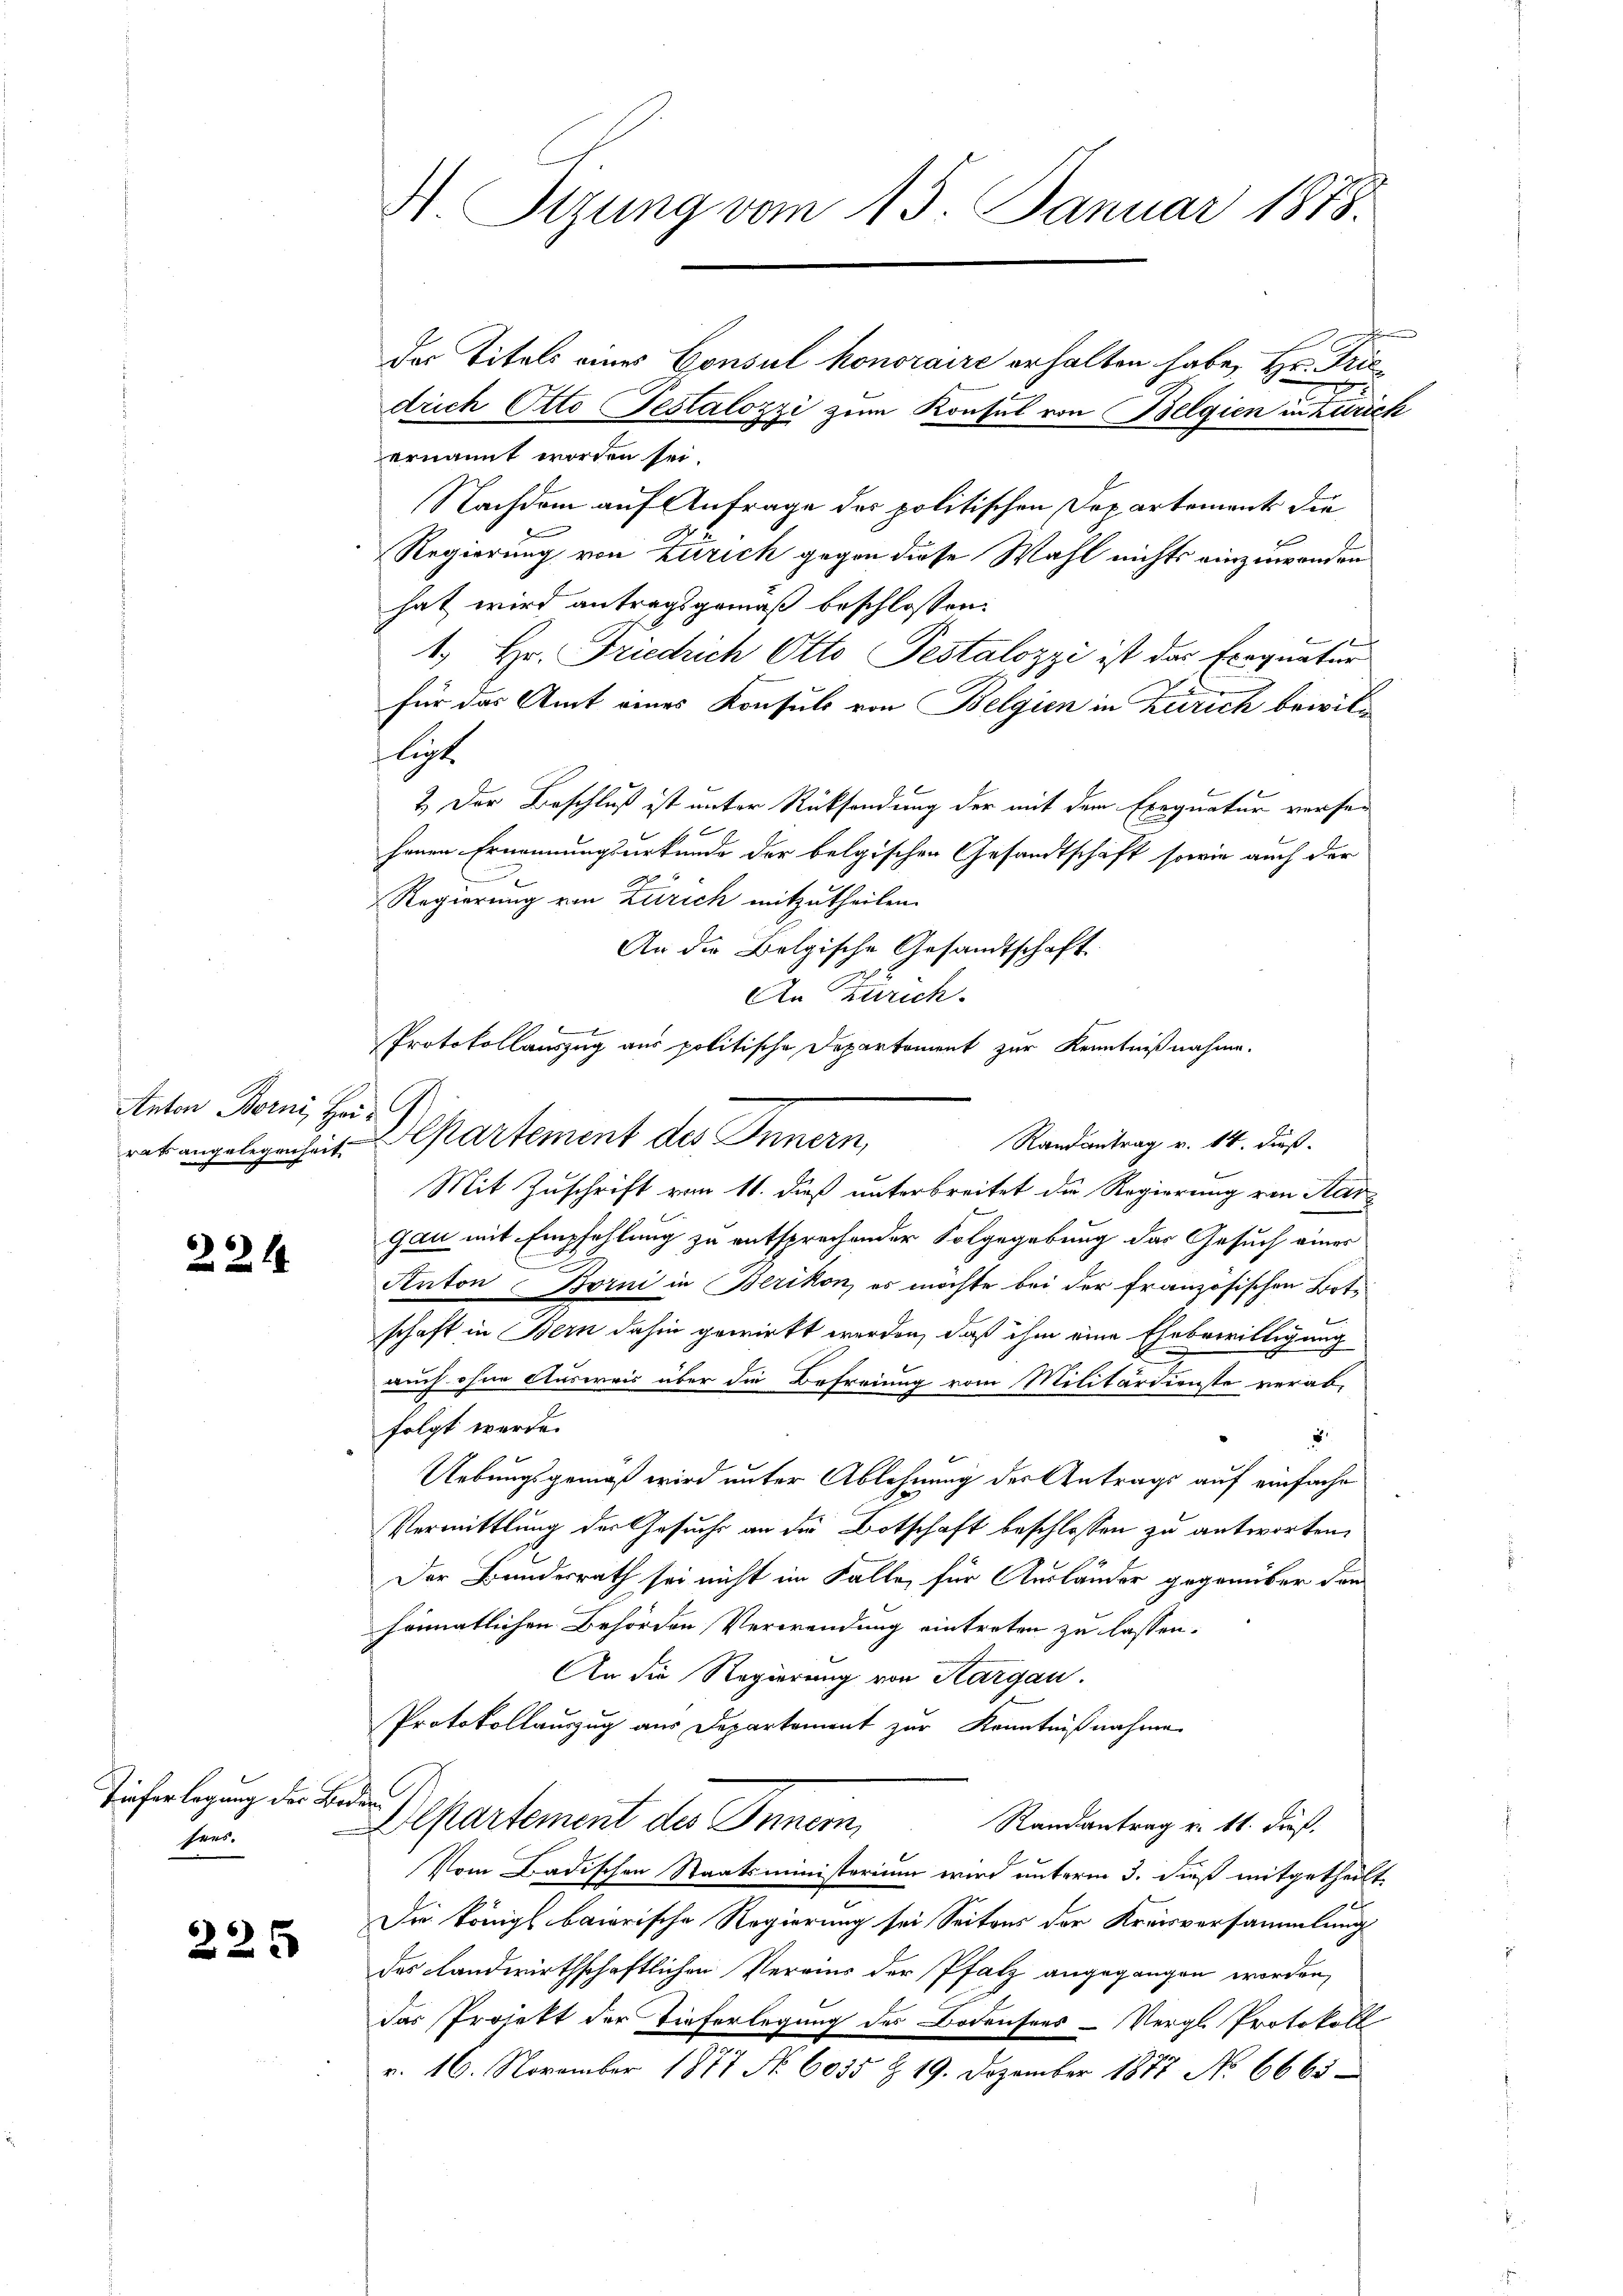
Anton Borni, Hei-
rat angelegenheit

2.2. 14.

Tieferlegung der Bede

hers.

22 x

N. Tizung vom 15. Januar 1878.

G

2
drich Otto Testalozzi zum Konsul von Belgien in Zürich
ernannt worden sei.
Nachdem auf Anfrage der politischen Departement die
Regierung von Zürich gegen diese Wahl nichts einzuwenden
hat wird antragsgemäß beschlossen:
1. Hr. Friedrich Otto Pestalozzi ist das Exequatur
für das Amt eines Konsuls von Belgien in Zürich bewilflichte
2.) Der Beschluß ist unter Rücksendung der mit dem Exequatur versen
henen Ernennungsurkunde der belgischen Gesandtschaft sowie auch der
Regierung von Zürich mitzutheilen.
An die Belgische Gesandtschaft
An Zürich.
Protokollauszug aus politische Departement zur Kenntnißnahme.
Randantrag v. 14. dieß.
Mit Zuschrift vom 11. dieß unterbreitet die Regierung von Mar
gau mit Empfehlung zu entsprechender Folgegebung das Gesuch einer
Anton Borni in Berikon, es möchte bei der französischen Bote
schaft in Bern dahin gewirkt werden, daß ihm eine Ehebewilligung
auch ohne Ausweis über die Befreiung vom Militärdienste verab-
folgt werde.
d
6
Uebungsgemäß wird unter Ablehnung des Antrags auf einfache
Vermittlung der Gesuchs an die Botschaft beschlossen zu antworten.
r
Der Bundesrath sei nicht im Falle für Auslander gegenüber den
heimatlichen Behörden Verwendung eintreten zu lassen.
An die Regierung von Aargau.
Protokollauszug aus Departement zur Kenntnißnahme
Departement des Innern,
Randantrag v. 11. Frost.
Vom Badischen Staatsministerium wird unterm 3. dieß mitgetheilt.
Die Königl. baierische Regierung sei Seitens der Kreisversammlung
das Landwirthschaftlichen Vereins der Pfalz angegangen worden,
das Projekt der Tieferlegung des Bodensees - Vergl. Protokoll
v. 16. November 1877 Nr. 6035 § 19. Dezember 1877 No 6665

der Titels eines Consul honoraire erhalten habe, Hr. Frie¬

Departement des Innern,